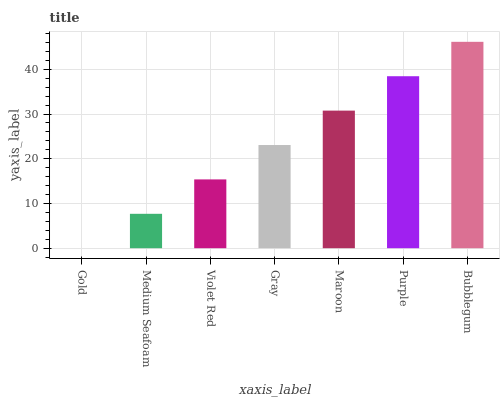
| xaxis_label | bars |
 | --- | --- |
 | Gold | 0 |
 | Medium Seafoam | 7.69 |
 | Violet Red | 15.4 |
 | Gray | 23.1 |
 | Maroon | 30.8 |
 | Purple | 38.5 |
 | Bubblegum | 46.1 |